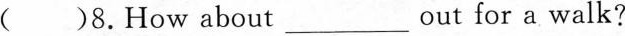
( )8.How about___ out for a walk?